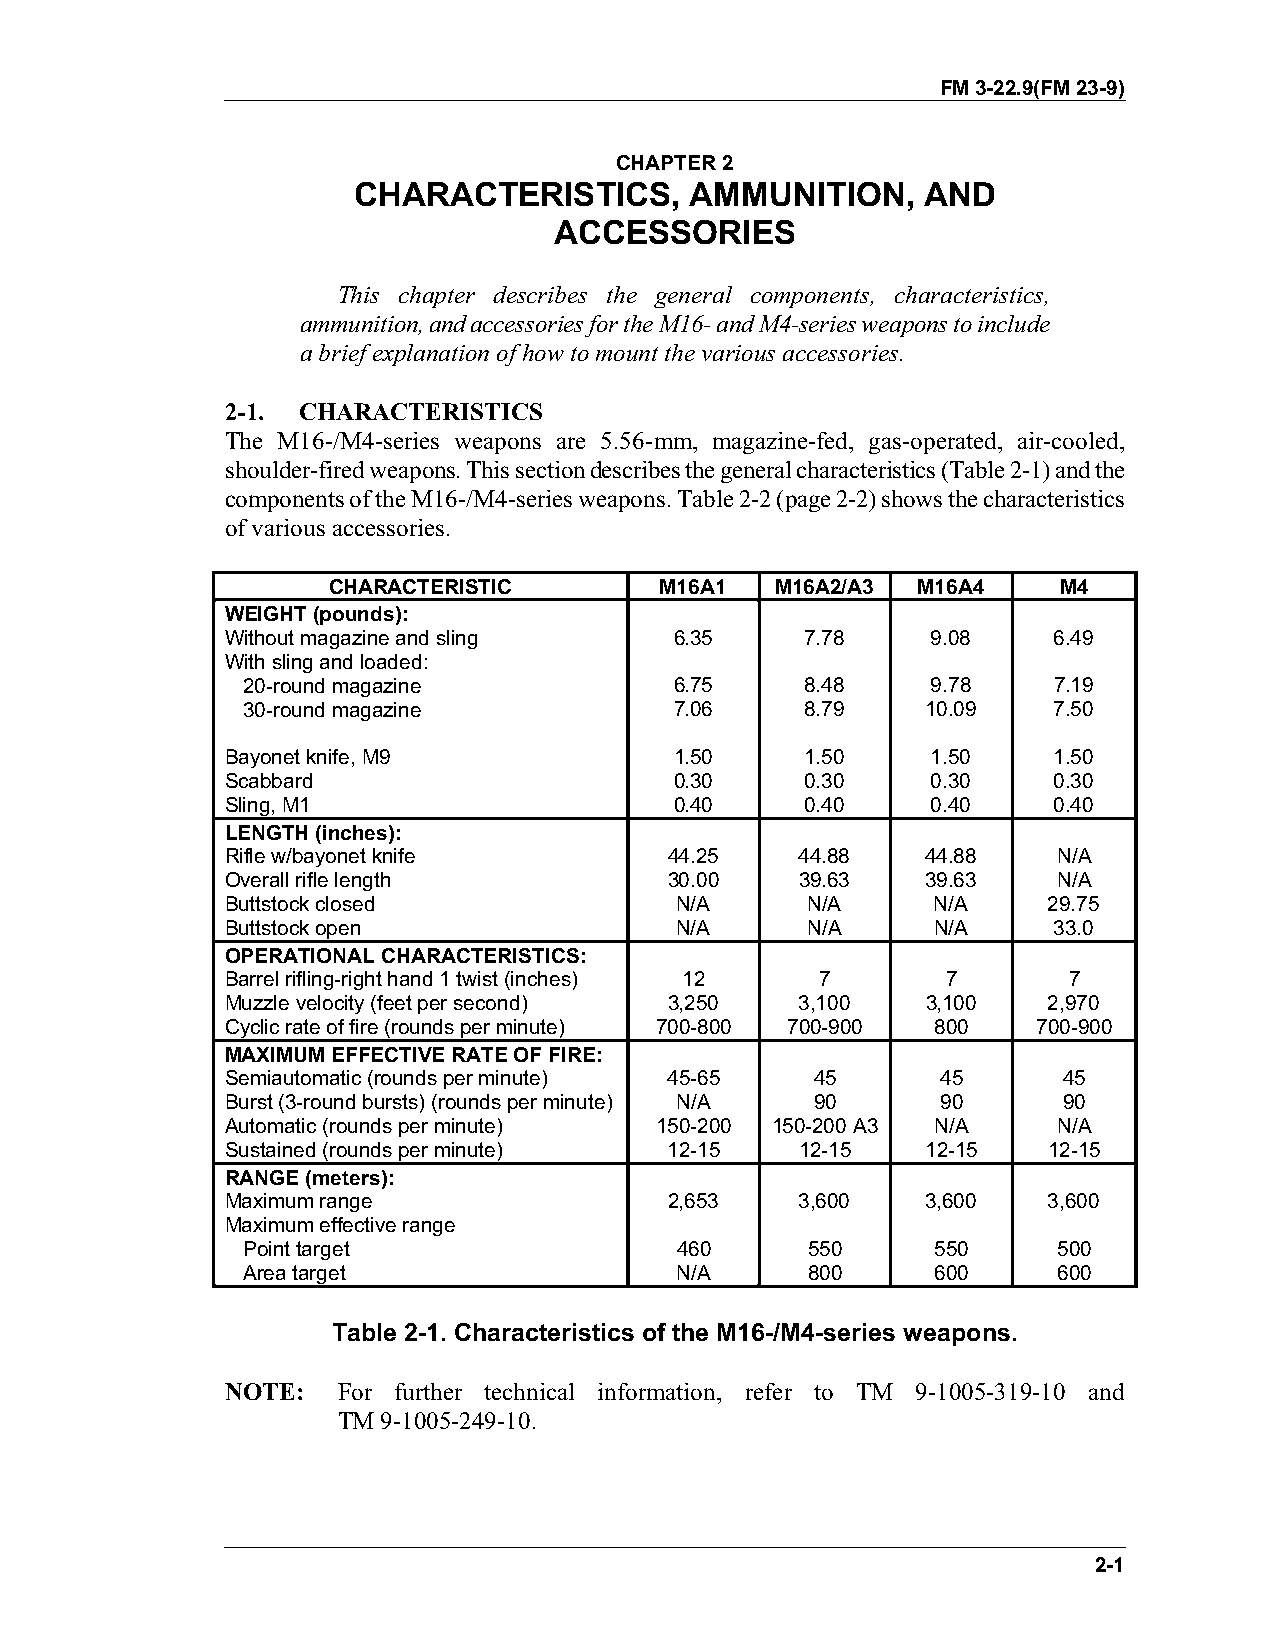
FM 3-22.9(FM 23-9)
 CHAPTER 2
 CHARACTERISTICS,       AMMUNITION,    AND
 ACCESSORIES
 This chapter describes the general components, characteristics,
 ammunition, and accessories for the M16- and M4-series weapons to include
 a brief explanation of how to mount the various accessories.
 2-1. CHARACTERISTICS
 The M16-/M4-series weapons are 5.56-mm, magazine-fed, gas-operated, air-cooled,
 shoulder-fired weapons. This section describes the general characteristics (Table 2-1) and the
 components of the M16-/M4-series weapons. Table 2-2 (page 2-2) shows the characteristics
 of various accessories.
 CHARACTERISTIC        M16A1  M16A2/A3  M16A4    M4
 WEIGHT (pounds):
 Without magazine and sling    6.35    7.78     9.08    6.49
 With sling and loaded:
 20-round magazine            6.75    8.48     9.78    7.19
 30-round magazine            7.06    8.79    10.09    7.50
 Bayonet knife, M9             1.50    1.50     1.50    1.50
 Scabbard                      0.30    0.30     0.30    0.30
 Sling, M1                     0.40    0.40     0.40    0.40
 LENGTH (inches):
 Rifle w/bayonet knife        44.25    44.88   44.88    N/A
 Overall rifle length         30.00    39.63   39.63    N/A
 Buttstock closed              N/A     N/A      N/A    29.75
 Buttstock open                N/A     N/A      N/A     33.0
 OPERATIONAL CHARACTERISTICS:
 Barrel rifling-right hand 1 twist (inches) 12 7 7       7
 Muzzle velocity (feet per second) 3,250 3,100 3,100   2,970
 Cyclic rate of fire (rounds per minute) 700-800 700-900 800 700-900
 MAXIMUM EFFECTIVE RATE OF FIRE:
 Semiautomatic (rounds per minute) 45-65 45     45      45
 Burst (3-round bursts) (rounds per minute) N/A 90 90   90
 Automatic (rounds per minute) 150-200 150-200 A3 N/A   N/A
 Sustained (rounds per minute) 12-15   12-15   12-15   12-15
 RANGE (meters):
 Maximum range                2,653    3,600   3,600   3,600
 Maximum effective range
 Point target                 460     550      550     500
 Area target                  N/A     800      600     600
 Table 2-1. Characteristics of the M16-/M4-series weapons.
 NOTE:  For further technical information, refer to TM 9-1005-319-10 and
 TM 9-1005-249-10.
 2-1